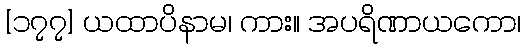
[၁၇၇] ယထာပိနာမ၊ ကား။ အပရိဏာယကော၊